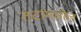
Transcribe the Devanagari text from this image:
तटांमधील